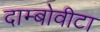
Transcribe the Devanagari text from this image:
दाम्बोवीटा